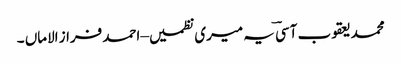
محمد یعقوب آسیؔ یہ میری نظمیں– احمد فراز الاماں ۔